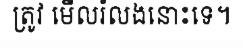
ត្រូវ មើលរំលងនោះទេ។